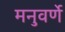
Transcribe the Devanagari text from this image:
मनुवर्णे